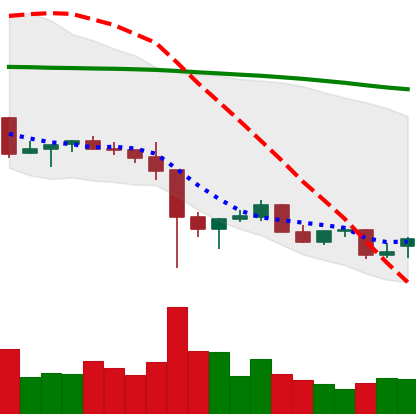
Ticker: NEO-USD
Chart end date: 2021-12-15
Forward return: -5.58%
Label: down_5_7